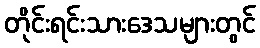
တိုင်းရင်းသားဒေသများတွင်